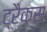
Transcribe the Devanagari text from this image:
ट्रैकस